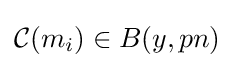
{\mathcal {C}}(m_{i})\in B(y,pn)